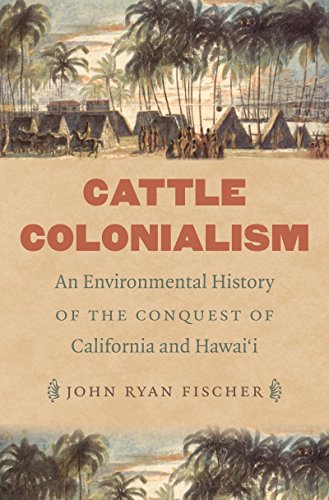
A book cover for Cattle Colonialism: An Environmental History of the Conquest of California and Hawai'i (Flows, Migrations, and Exchanges); John Ryan Fischer; History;